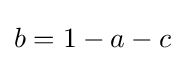
b=1-a-c